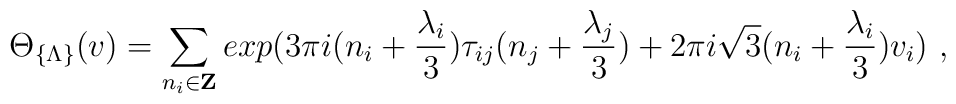
\Theta_{\{\Lambda\}}(v) = \sum_{n_i \in {\bf Z}} exp\bigl(3 \pi i (n_i +\frac{\lambda_i}{3})\tau_{ij} (n_j+\frac{\lambda_j}{3}) + 2\pi i\sqrt{3}(n_i+\frac{\lambda_i}{3})v_i \bigr)\ ,